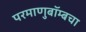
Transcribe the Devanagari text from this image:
परमाणुबॉम्बचा